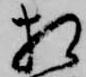
相